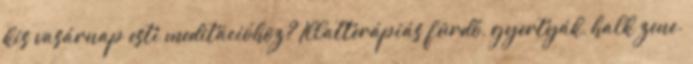
kis vasárnap esti meditációhoz? Illatterápiás fürdő, gyertyák, halk zene.